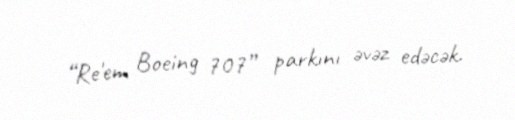
“Re'em Boeing 707” parkını əvəz edəcək.